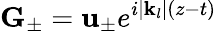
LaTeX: \mathbf{G}_{\pm}=\mathbf{u}_{\pm}e^{i|\mathbf{k}_{l}|(z-t)}